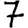
Digit: 7